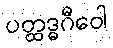
ပတ္ထဒ္ဓဂီဝေါ